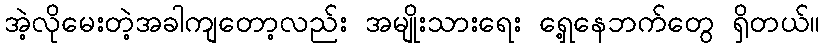
အဲ့လိုမေးတဲ့အခါကျတော့လည်း အမျိုးသားရေး ရှေ့နေဘက်တွေ ရှိတယ်။